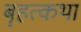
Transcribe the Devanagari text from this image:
बॄहत्कथा